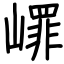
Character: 嶵